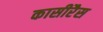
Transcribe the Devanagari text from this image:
कासीरैस